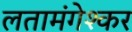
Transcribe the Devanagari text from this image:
लतामंगेश्कर